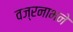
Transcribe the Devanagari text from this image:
वज्रनाभने